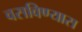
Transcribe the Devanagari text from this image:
वसविण्यास